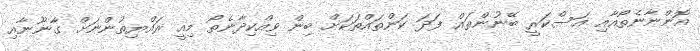
އޮންނާނެތޯއާއި އަސްކަރީ ބޭނުންތައް ފަދަ ކަންތައްތަކަށް ބިން ވިއްކިދާނެތޯ މިއީ ރައްޔިތުންނަށް ގާނޫނާއި